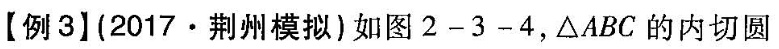
【例3】(2017·荆州模拟)如图2-3-4，△ABC的内切圆